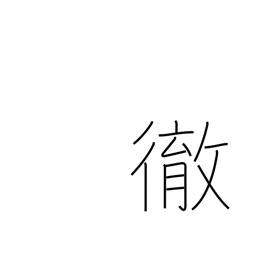
Meaning: pierce